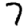
Digit: 7